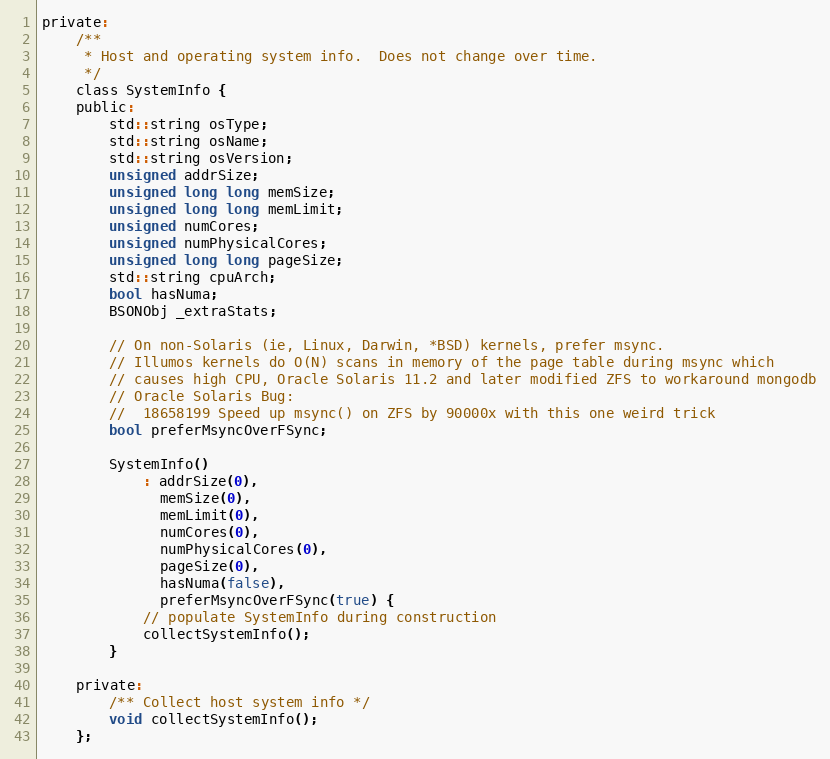
Language: C
private:
    /**
     * Host and operating system info.  Does not change over time.
     */
    class SystemInfo {
    public:
        std::string osType;
        std::string osName;
        std::string osVersion;
        unsigned addrSize;
        unsigned long long memSize;
        unsigned long long memLimit;
        unsigned numCores;
        unsigned numPhysicalCores;
        unsigned long long pageSize;
        std::string cpuArch;
        bool hasNuma;
        BSONObj _extraStats;

        // On non-Solaris (ie, Linux, Darwin, *BSD) kernels, prefer msync.
        // Illumos kernels do O(N) scans in memory of the page table during msync which
        // causes high CPU, Oracle Solaris 11.2 and later modified ZFS to workaround mongodb
        // Oracle Solaris Bug:
        //  18658199 Speed up msync() on ZFS by 90000x with this one weird trick
        bool preferMsyncOverFSync;

        SystemInfo()
            : addrSize(0),
              memSize(0),
              memLimit(0),
              numCores(0),
              numPhysicalCores(0),
              pageSize(0),
              hasNuma(false),
              preferMsyncOverFSync(true) {
            // populate SystemInfo during construction
            collectSystemInfo();
        }

    private:
        /** Collect host system info */
        void collectSystemInfo();
    };